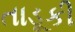
તાડૂકી